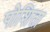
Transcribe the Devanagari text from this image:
पोशिता